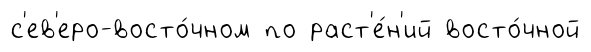
с'ев'еро-восто́чном по раст'е́н'ий восто́чной